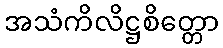
အသံကိလိဋ္ဌစိတ္တော